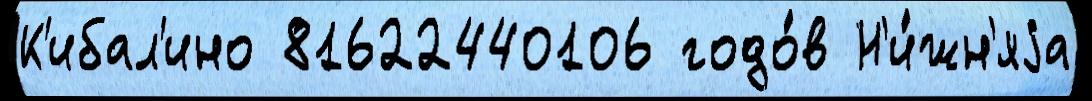
К'ибал'ино 81622440106 годо́в Н'и́жн'яjа